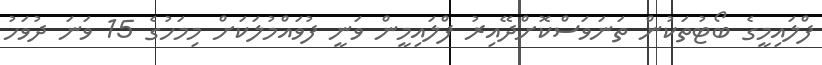
ފްލައިމީގެ ބޯޓުތަކުން ތަނަވަސްކޮށްދޭއިރު ފްލައިމީން ވަނީ ފުވައްމުލަކަށް މިމަހުގެ 15 ވަނަ ދުވަހު